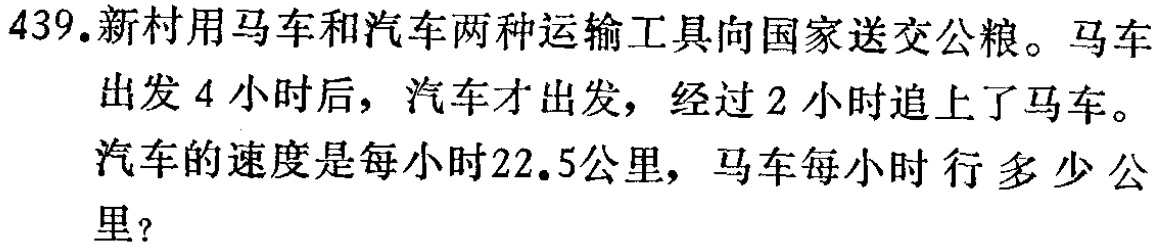
439.新村用马车和汽车两种运输工具向国家送交公粮。马车出发4小时后，汽车才出发，经过2小时追上了马车。汽车的速度是每小时22.5公里，马车每小时行多少公里？